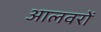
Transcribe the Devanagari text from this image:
आलवरों